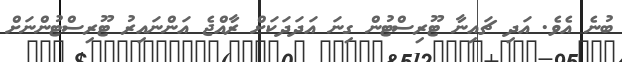
ބުނެ އެވެ. އަދި ޗައިނާ ޓޫރިސްޓުން ގިނަ އަދަދަކަށް ރާއްޖެ އަންނައިރު ޓޫރިސްޓުންނަށް